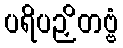
ပရိပဉှိတဗ္ဗံ